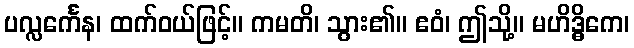
ပလ္လင်္ကေန၊ ထက်ဝယ်ဖြင့်။ ကမတိ၊ သွား၏။ ဧဝံ၊ ဤသို့။ မဟိဒ္ဓိကေ၊